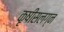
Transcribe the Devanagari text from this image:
कृषीसलग्न